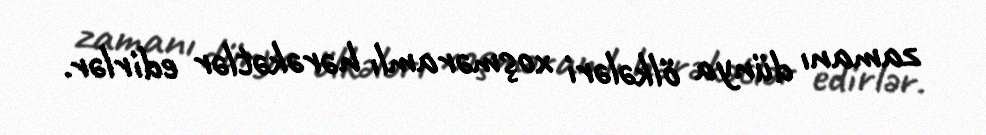
zamanı dünya ölkələri xoşməramlı hərəkətlər edirlər.